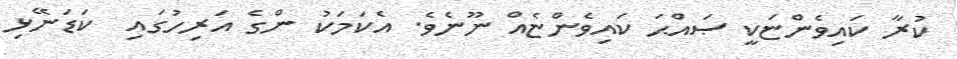
ކުރާ ކައިވެންޏަކީ ޞައްޙަ ކައިވެންޏެއް ނޫނެވެ. އެކަމަކު ންގެ އަރިހުގައި  ކަޑަނޭޅި